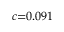
c { = } 0 . 0 9 1